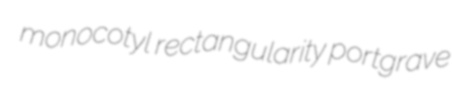
monocotyl rectangularity portgrave